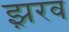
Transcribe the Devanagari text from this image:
झ़रव